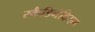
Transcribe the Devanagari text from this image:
स्कैडिनेवियन